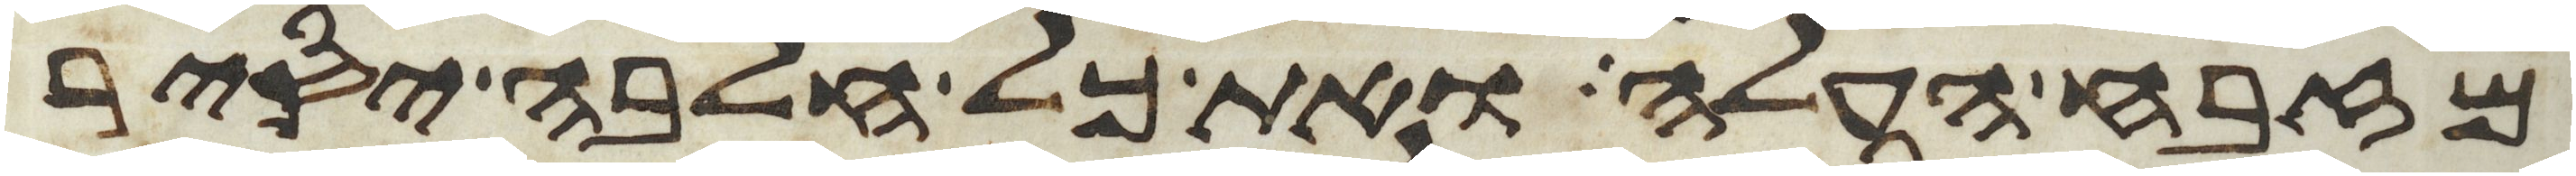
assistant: מזבח העלה ואת כל חלבה יסיר